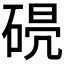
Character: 𥓣